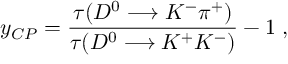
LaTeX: y _ { C P } = \frac { \tau ( D ^ { 0 } \longrightarrow K ^ { - } \pi ^ { + } ) } { \tau ( D ^ { 0 } \longrightarrow K ^ { + } K ^ { - } ) } - 1 \; ,